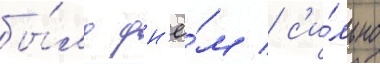
бы́ло дн'ё́м / с'и́льно